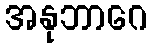
အနုဘာဂေ